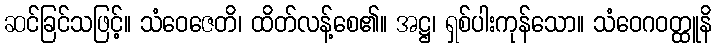
ဆင်ခြင်သဖြင့်။ သံဝေဇေတိ၊ ထိတ်လန့်စေ၏။ အဋ္ဌ၊ ရှစ်ပါးကုန်သော။ သံဝေဂဝတ္ထူနိ